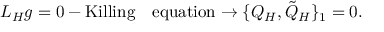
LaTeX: { \cal L } _ { H } g = 0 - \mathrm { { K i l l i n g \quad e q u a t i o n } } \rightarrow \{ Q _ { H } , { \tilde { Q } } _ { H } \} _ { 1 } = 0 .